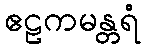
ဧဠကမန္တရံ